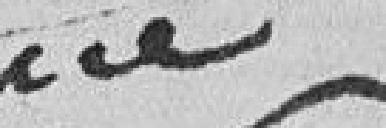
???